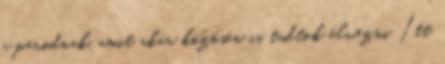
a párodnak, amit akár közösen is tudtok élvezni Itt